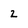
Character: 2